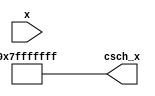
module csch (
    input wire signed [31:0] x,        // Input: Floating-point or fixed-point representation of x
    output reg signed [31:0] csch_x     // Output: Computed csch value
);

    // Internal signals
    wire signed [31:0] exp_x;           // e^x
    wire signed [31:0] exp_neg_x;       // e^(-x)
    wire signed [31:0] sinh_x;          // sinh(x)
    wire signed [31:0] sinh_x_inv;      // 1/sinh(x)

    // Exponential function approximation (simple Taylor series or LUT can be used)
    function signed [31:0] exp_func(input signed [31:0] val);
        // Placeholder for exponential function implementation
        // This should be replaced with a proper implementation
        exp_func = 32'h00000000; // Replace with actual e^val calculation
    endfunction

    // Calculate e^x and e^(-x)
    assign exp_x = exp_func(x);
    assign exp_neg_x = exp_func(-x);

    // Calculate sinh(x) = (e^x - e^(-x)) / 2
    assign sinh_x = (exp_x - exp_neg_x) >>> 1; // Right shift by 1 for division by 2

    // Check for zero to avoid division by zero
    always @(*) begin
        if (sinh_x == 0) begin
            csch_x = 32'h7FFFFFFF; // Representing infinity (or a large value)
        end else begin
            // Calculate csch(x) = 1/sinh(x)
            sinh_x_inv = 32'h00000001 / sinh_x; // Simple reciprocal calculation
            csch_x = sinh_x_inv;
        end
    end

endmodule